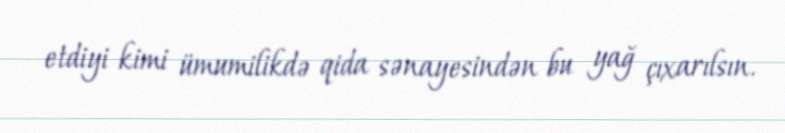
etdiyi kimi ümumilikdə qida sənayesindən bu yağ çıxarılsın.